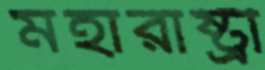
মহারাষ্ট্রী